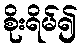
စိုးရိမ်၍